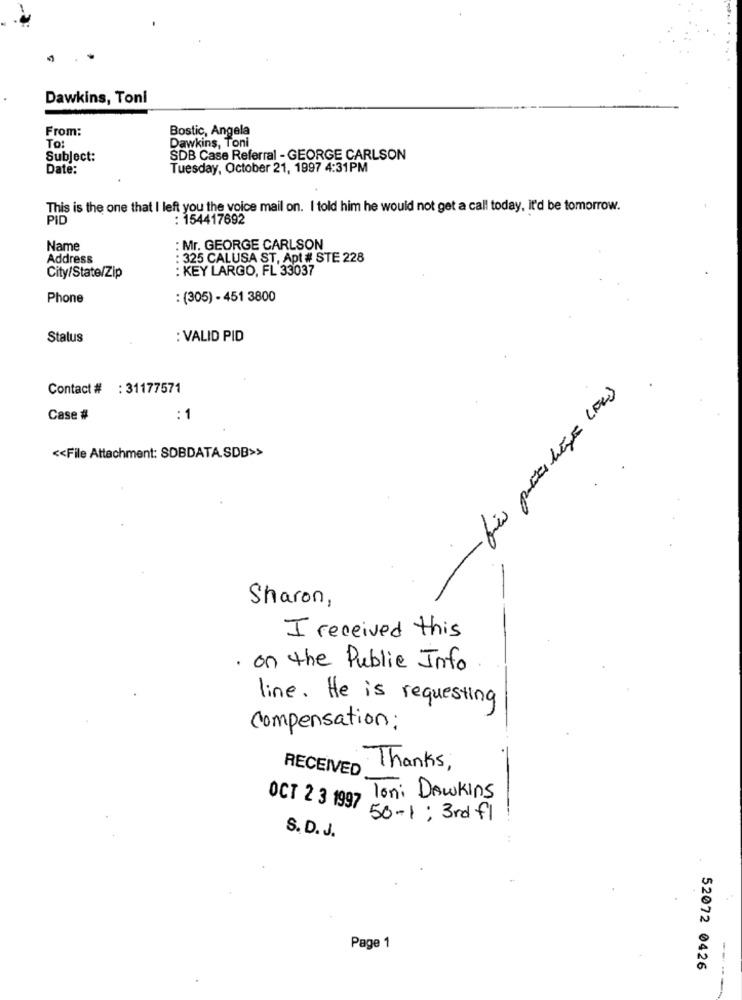
Dawkins, Toni
From:
Bostic, Angela
To:
Dawkins, Toni
Subject:
SDB Case Referral - GEORGE CARLSON
Date:
Tuesday, October 21, 1997 4:31PM
This is the one that I left you the voice mail on. I told him he would not get a call today, it'd be tomorrow.
PID
: 154417692
Name
: Mr. GEORGE CARLSON
Address
: 325 CALUSA ST, Apt # STE 228
: KEY LARGO, FL 33037
City/State/Zip
Phone
: (305) - 451 3800
Status
: VALID PID
Contact # : 31177571
Case #
: 1
<< File Attachment: SDBDATA.SDB>>
Sharon,
I received this
· on the Public Info
line. He is requesting
compensation:
RECEIVED
Thanks
loni Dawkins
OCT 2 3 1997
50- 1: 3rd fl
S. D. J.
Page 1
52072 0426
--.